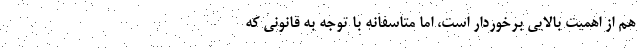
هم از اهمیت بالایی برخوردار است، اما متاسفانه با توجه به قانونی که